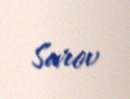
Sarov